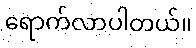
ရောက်လာပါတယ်။